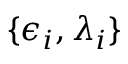
\{ \epsilon _ { i } , \lambda _ { i } \}